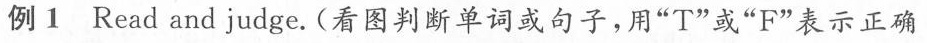
例1 Read and judge.(看图判断单词或句子,用"T"或"F"表示正确